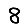
Digit: 8